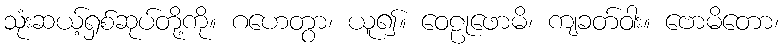
သုံးဆယ့်ရှစ်ဆုပ်တို့ကို။ ဂဟေတွာ၊ ယူ၍။ ဝေဠုဖောမိ၊ ကျခတ်ဝါး။ ဗောမိတော၊